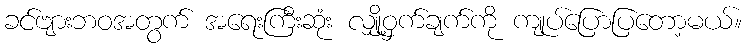
ခင်ဗျားဘဝအတွက် အရေးကြီးဆုံး လျှို့ဝှက်ချက်ကို ကျုပ်ပြောပြတော့မယ်။